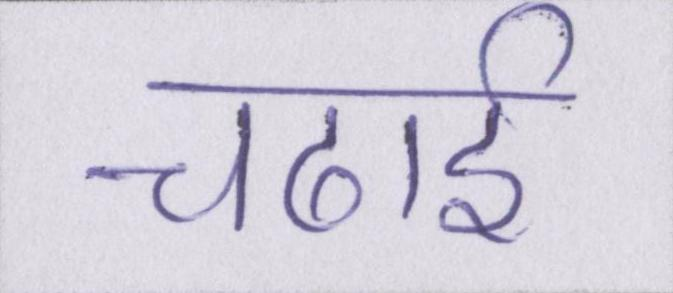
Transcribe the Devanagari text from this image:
चढाई